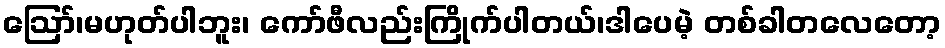
ဪ၊မဟုတ်ပါဘူး၊ ကော်ဖီလည်းကြိုက်ပါတယ်၊ဒါပေမဲ့ တစ်ခါတလေတော့